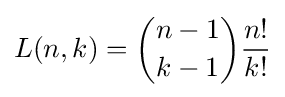
L(n,k)={n-1 \choose k-1}{\frac {n!}{k!}}